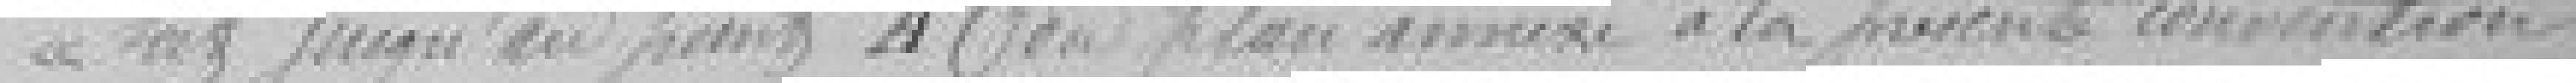
soit jusqu'au point A du plan annexé à la présente convention.